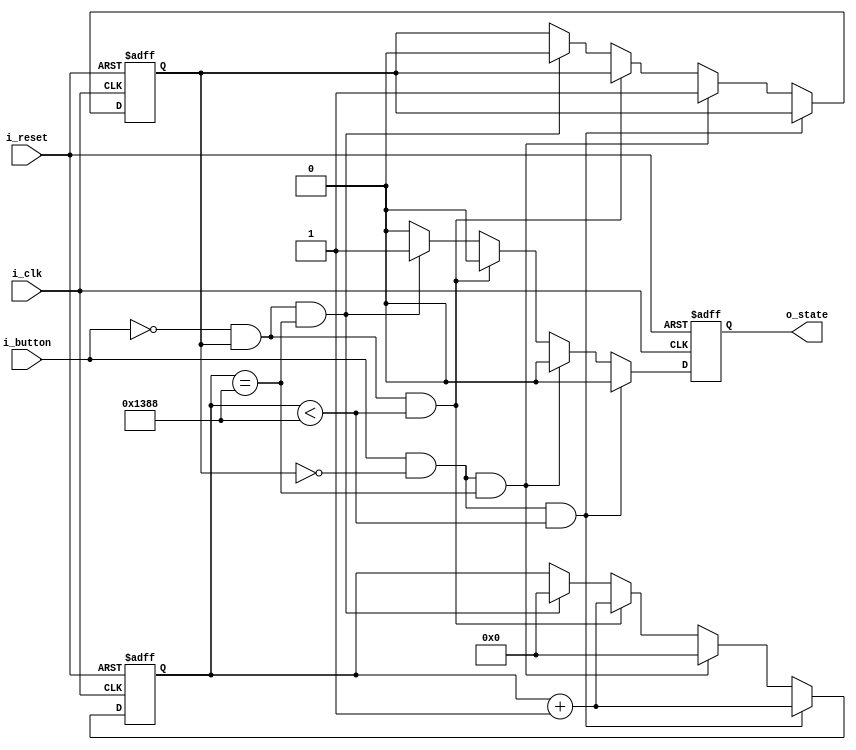
`timescale 1ns / 1ps
//////////////////////////////////////////////////////////////////////////////////
// Company: 
// Engineer: 
// 
// Design Name: 
// Module Name: button
// Project Name: 
// Target Devices: 
// Tool Versions: 
// Description: 
// 
// Dependencies: 
// 
// Revision:
// Revision 0.01 - File Created
// Additional Comments:
// 
//////////////////////////////////////////////////////////////////////////////////


module button(
    input i_clk, i_reset, i_button,
    output o_state
    );

    parameter PUSHED = 1'b1, RELEASED = 1'b0, TRUE = 1'b1, FALSE = 1'b0;
    parameter DEBOUNCE = 5_000; // 10ms
    reg prevState, r_state, nextState;
    reg [31:0] r_counter = 0;
    assign o_state = r_state;
    

    always @(posedge i_clk or posedge i_reset) begin
        if (i_reset) begin
            r_state <= RELEASED;
            prevState <= RELEASED;
            r_counter <= 0;
        end
        else begin
            if(i_button == PUSHED && prevState == RELEASED && r_counter < DEBOUNCE) begin
                r_state <= FALSE;
                r_counter <= r_counter + 1;
            end
            else if(i_button == PUSHED && prevState == RELEASED && r_counter == DEBOUNCE) begin
                prevState <= PUSHED;
                r_state <= FALSE;
                r_counter <= 0;
            end
            else if(i_button == RELEASED && prevState == PUSHED && r_counter < DEBOUNCE) begin
                r_counter <= r_counter + 1;
                r_state <= FALSE;
            end
            else if(i_button == RELEASED && prevState == PUSHED && r_counter == DEBOUNCE) begin
                prevState <= RELEASED;
                r_state <= TRUE;
                r_counter <= 0;
            end
            else begin
                r_state <= FALSE;
            end
        end
    end
endmodule